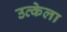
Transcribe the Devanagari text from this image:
उत्केला